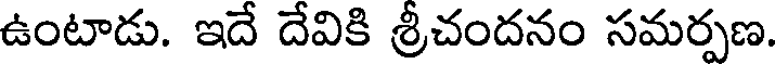
ఉంటాడు. ఇదే దేవికి శ్రీచందనం సమర్పణ.